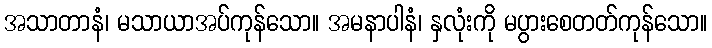
အသာတာနံ၊ မသာယာအပ်ကုန်သော။ အမနာပါနံ၊ နှလုံးကို မပွားစေတတ်ကုန်သော။